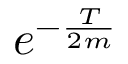
e ^ { - \frac { T } { 2 m } }